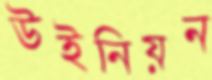
উইনিয়ন